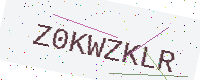
Text: Z0KWZKLR